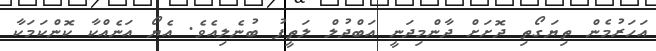
އަހަރުމެން ތިޔަގޯތި ދޮށަށް ދާންމިދަނީ އަބްދުލް ލަތީފު ބުނެލިއެވެ. އެޔޯ އަނެއްކާ ކޮންކަމަކާ